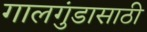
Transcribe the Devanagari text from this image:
गालगुंडासाठी